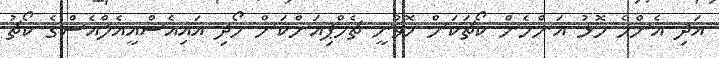
އަދި އެންމެ މޮޅު އަންހެން ކޯޗަކަށް ހޮވުނީ ޗެމްޕިއަންކަން ހޯދި އައިއެސްއީއެލްއެސްގެ ކޯޗު